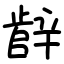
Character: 辪